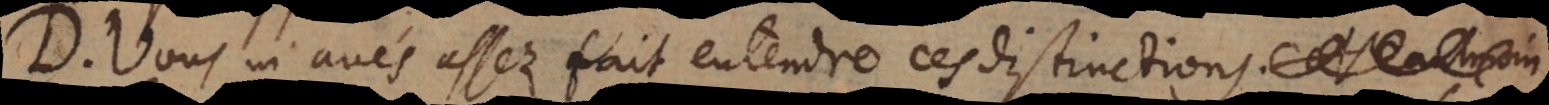
D. Vous m’avés assez fait entendre ces distinctions,